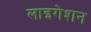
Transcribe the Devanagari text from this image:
लाइगेशन